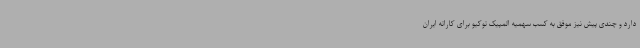
دارد و چندی پیش نیز موفق به کسب سهمیه المپیک توکیو برای کاراته ایران